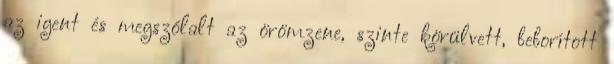
az igent és megszólalt az örömzene, szinte körülvett, beborított